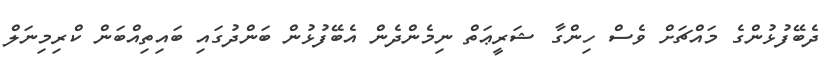
ދެބޭފުޅުންގެ މައްޗަށް ވެސް ހިންގާ ޝަރީޢަތް ނިމެންދެން އެބޭފުޅުން ބަންދުގައި ބައިތިއްބަން ކްރިމިނަލް